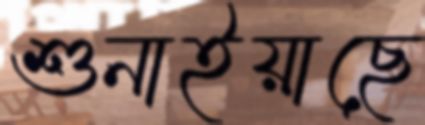
শুনাইয়াছে